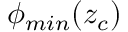
\phi _ { m i n } ( z _ { c } )